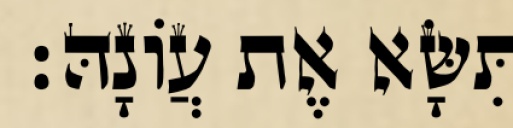
תִּשָּׂא אֶת עֲוֹנָהּ׃